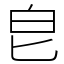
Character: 皀